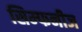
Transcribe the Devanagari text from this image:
सिम्फनीज